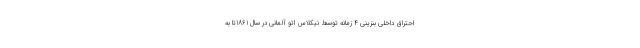
احتراق داخلی بنزینی 4 زمانه توسط نیکلاس اتو آلمانی در سال 1861تا به